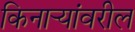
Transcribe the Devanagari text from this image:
किनार्‍यांवरील